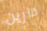
دارين